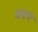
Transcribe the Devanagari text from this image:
कब्रएं